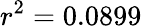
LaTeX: r^{2}=0.0899